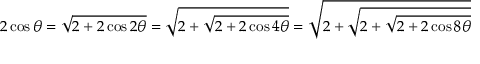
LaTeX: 2 \cos \theta = { \sqrt { 2 + 2 \cos 2 \theta } } = { \sqrt { 2 + { \sqrt { 2 + 2 \cos 4 \theta } } } } = { \sqrt { 2 + { \sqrt { 2 + { \sqrt { 2 + 2 \cos 8 \theta } } } } } }